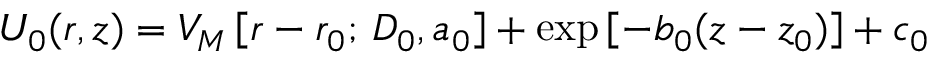
U _ { 0 } ( r , z ) = V _ { M } \left[ r - r _ { 0 } ; \, D _ { 0 } , a _ { 0 } \right] + \exp \left[ - b _ { 0 } ( z - z _ { 0 } ) \right] + c _ { 0 }